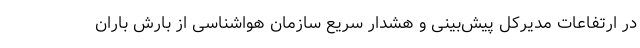
در ارتفاعات مدیرکل پیش‌بینی و هشدار سریع سازمان هواشناسی از بارش باران